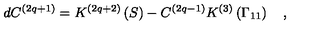
d C ^ { \left( 2 q + 1 \right) } = K ^ { \left( 2 q + 2 \right) } \left( S \right) - C ^ { \left( 2 q - 1 \right) } K ^ { \left( 3 \right) } \left( \Gamma _ { 1 1 } \right) \quad ,